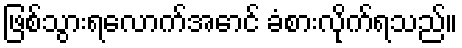
ဖြစ်သွားရလောက်အောင် ခံစားလိုက်ရသည်။